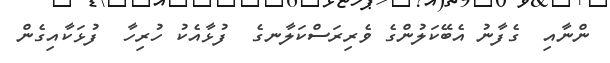
ންނާއި  ގެފާނު އެބޭކަލުންގެ ވެރިރަސްކަލާނގެ  ފުޅާއެކު ހުރިހާ  ފުޅަކާއިގެން